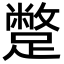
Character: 蹩